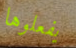
يفعلوها